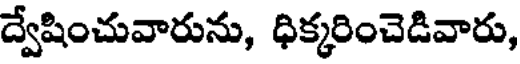
ద్వేషించువారును, ధిక్కరించెడివారు,